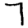
Digit: 7